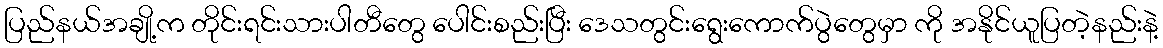
ပြည်နယ်အချို့က တိုင်းရင်းသားပါတီတွေ ပေါင်းစည်းပြီး ဒေသတွင်းရွေးကောက်ပွဲတွေမှာ ကို အနိုင်ယူပြတဲ့နည်းနဲ့